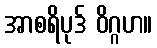
အာစရိပုဒ် ဝိဂ္ဂဟ။